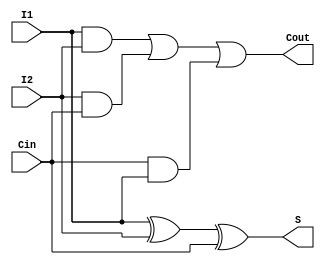
module fa (I1,I2,Cin,S,Cout); // 1 bit full adder built structurally from primitive gates
  input I1,I2,Cin;
  output S,Cout;
  xor M1 (S, I1, I2, Cin);
  and M2 (X1, I1, I2);
  and M3 (X2, I2, Cin);
  and M4 (X3, Cin, I1);
  or M5 (Cout, X1, X2, X3);
endmodule